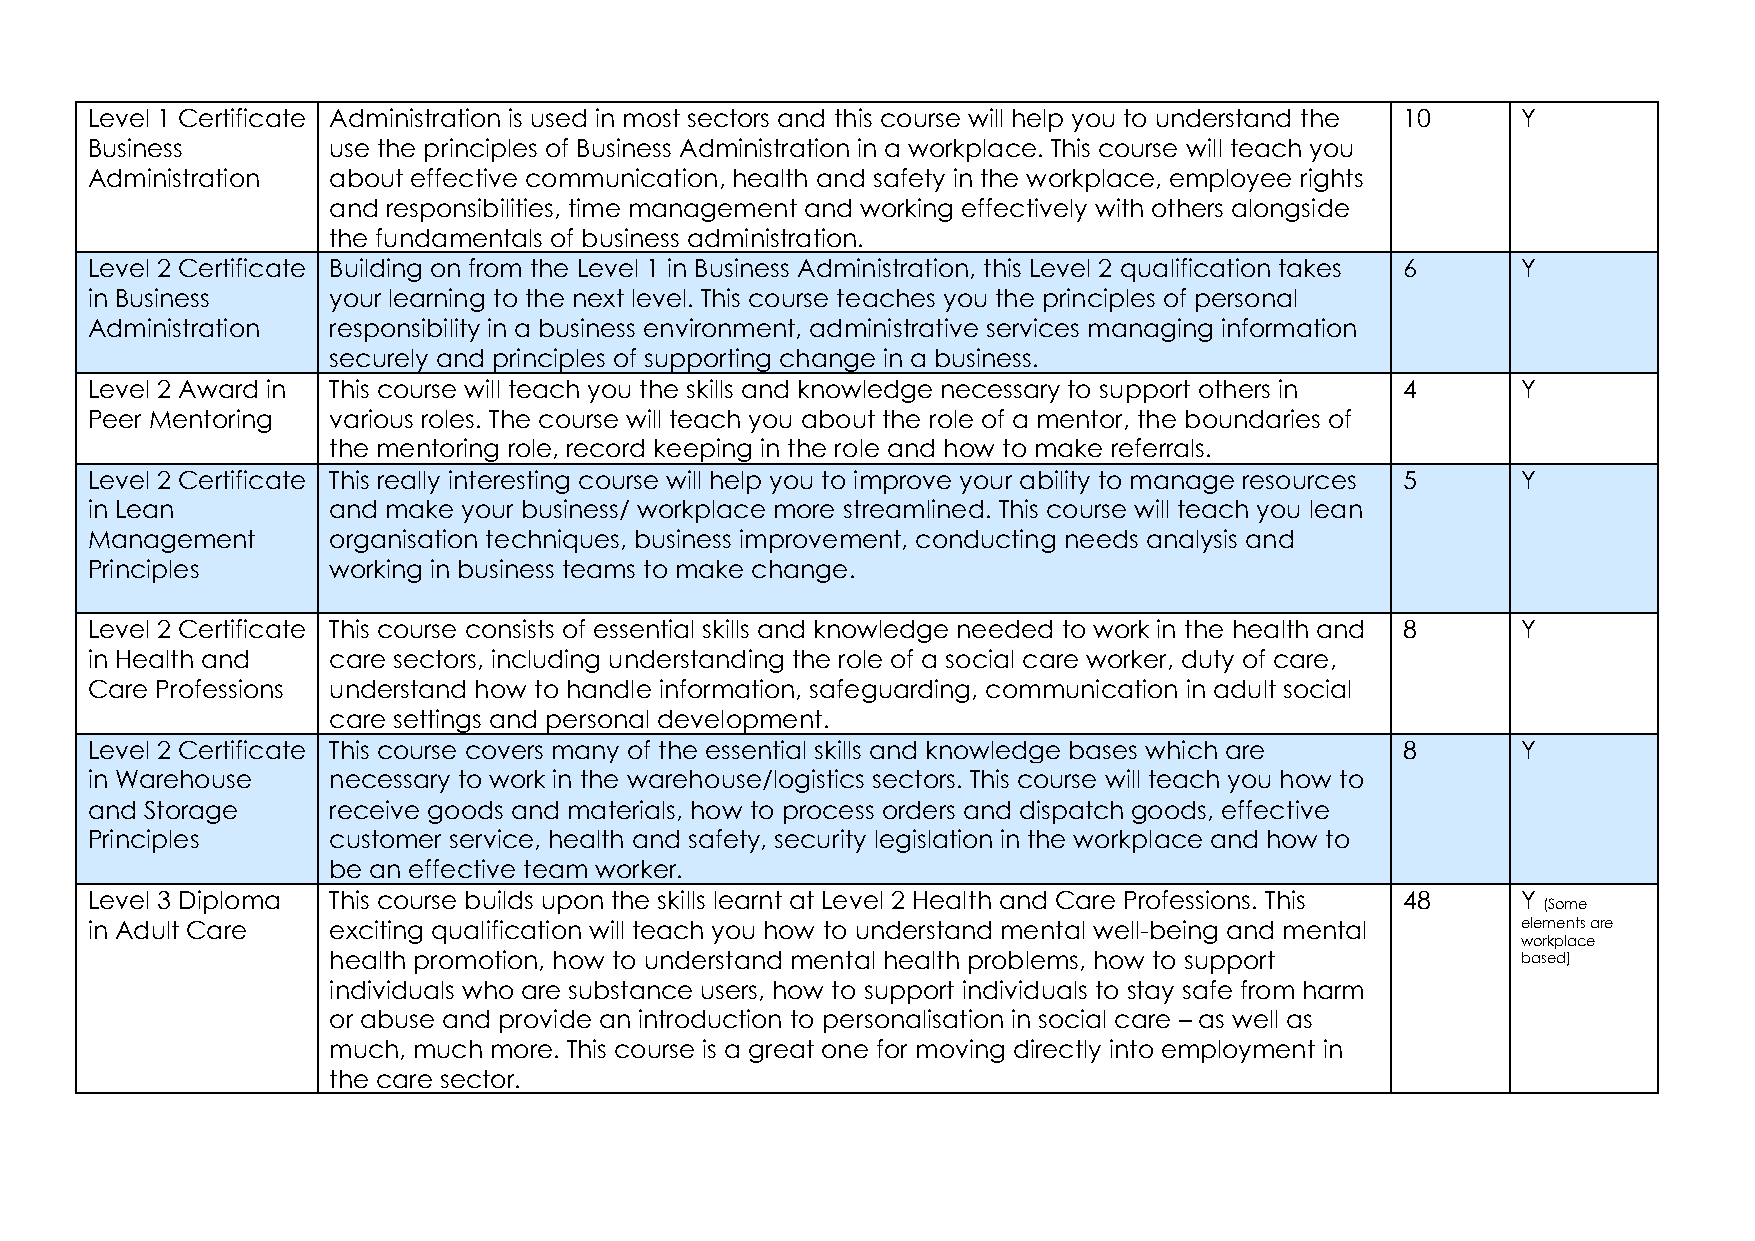
Level 1 Certificate Administration is used in most sectors and this course will help you to understand the 10 Y
 Business        use the principles of Business Administration in a workplace. This course will teach you
 Administration  about effective communication, health and safety in the workplace, employee rights
 and responsibilities, time management and working effectively with others alongside
 the fundamentals of business administration.
 Level 2 Certificate Building on from the Level 1 in Business Administration, this Level 2 qualification takes 6 Y
 in Business     your learning to the next level. This course teaches you the principles of personal
 Administration  responsibility in a business environment, administrative services managing information
 securely and principles of supporting change in a business.
 Level 2 Award in This course will teach you the skills and knowledge necessary to support others in 4 Y
 Peer Mentoring  various roles. The course will teach you about the role of a mentor, the boundaries of
 the mentoring role, record keeping in the role and how to make referrals.
 Level 2 Certificate This really interesting course will help you to improve your ability to manage resources 5 Y
 in Lean         and make your business/ workplace more streamlined. This course will teach you lean
 Management      organisation techniques, business improvement, conducting needs analysis and
 Principles      working in business teams to make change.
 Level 2 Certificate This course consists of essential skills and knowledge needed to work in the health and 8 Y
 in Health and   care sectors, including understanding the role of a social care worker, duty of care,
 Care Professions understand how to handle information, safeguarding, communication in adult social
 care settings and personal development.
 Level 2 Certificate This course covers many of the essential skills and knowledge bases which are 8 Y
 in Warehouse    necessary to work in the warehouse/logistics sectors. This course will teach you how to
 and Storage     receive goods and materials, how to process orders and dispatch goods, effective
 Principles      customer service, health and safety, security legislation in the workplace and how to
 be an effective team worker.
 Level 3 Diploma This course builds upon the skills learnt at Level 2 Health and Care Professions. This 48 Y
 (Some
 in Adult Care   exciting qualification will teach you how to understand mental well-being and mental elements are
 workplace
 health promotion, how to understand mental health problems, how to support     based)
 individuals who are substance users, how to support individuals to stay safe from harm
 or abuse and provide an introduction to personalisation in social care – as well as
 much, much more. This course is a great one for moving directly into employment in
 the care sector.